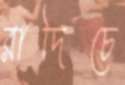
রাদিচে